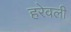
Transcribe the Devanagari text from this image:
हरेवली